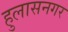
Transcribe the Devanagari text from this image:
हुलासनगर